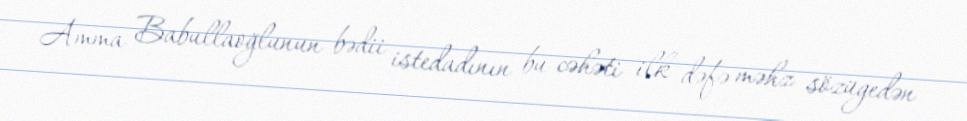
Amma Babullaoğlunun bədii istedadının bu cəhəti ilk dəfə məhz sözügedən